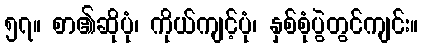
၅၇။ စာ၏ဆိုပုံ၊ ကိုယ်ကျင့်ပုံ၊ နှစ်စုံပွဲတွင်ကျင်း။